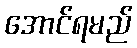
အောင်ရမည်